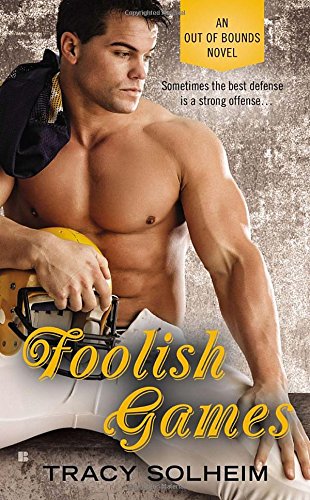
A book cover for Foolish Games (An Out of Bounds Novel); Tracy Solheim; Romance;